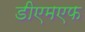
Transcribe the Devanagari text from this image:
डीएमएफ